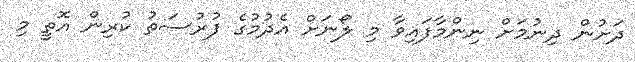
ދަށުން ދިނުމަށް ނިންމާފައިވާ މި ލޯނަށް އެދުމުގެ ފުރުސަތު ކުރިން އޮތީ މި